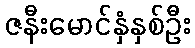
ဇနီးမောင်နှံနှစ်ဦး